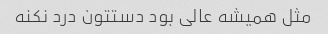
مثل همیشه عالی بود دستتون درد نکنه